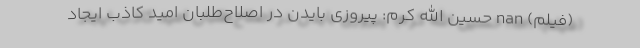
(فیلم) nan حسین الله کرم: پیروزی بایدن در اصلاح‌طلبان امید کاذب ایجاد